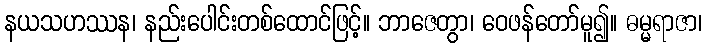
နယသဟဿန၊ နည်းပေါင်းတစ်ထောင်ဖြင့်။ ဘာဇေတွာ၊ ဝေဖန်တော်မူ၍။ ဓမ္မရာဇာ၊